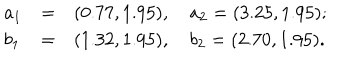
\left. \begin{array} { l l l } { { a _ { 1 } } } & { { = } } & { { ( 0 . 7 7 , 1 . 9 5 ) , \quad a _ { 2 } = ( 3 . 2 5 , 1 . 9 5 ) ; } } \\ { { b _ { 1 } } } & { { = } } & { { ( 1 . 3 2 , 1 . 9 5 ) , \quad b _ { 2 } = ( 2 . 7 0 , 1 . 9 5 ) . } } \\ \end{array} \right.